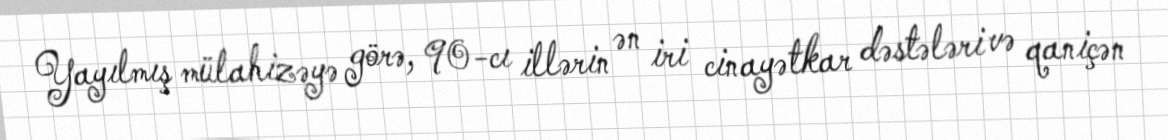
Yayılmış mülahizəyə görə, 90-cı illərin ən iri cinayətkar dəstələri və qaniçən